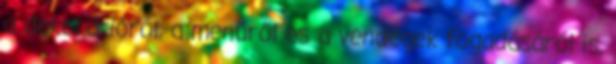
a dekorációról, a menüről és a vendégek fogadásáról is,